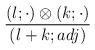
LaTeX: \begin{align*}{\frac{(l;\cdot)\otimes(k;\cdot)}{(l+k;adj)} }\end{align*}